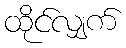
ထိုင်လျှက်